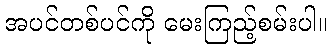
အပင်တစ်ပင်ကို မေးကြည့်စမ်းပါ။